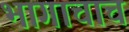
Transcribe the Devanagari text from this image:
भागाचाच